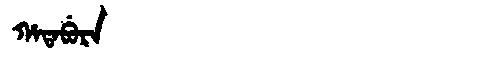
Manchu: ᡥᠠᡨᠠᠪᡠᡵᠠ
Romanization: HATABURA